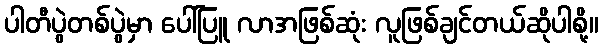
ပါတီပွဲတစ်ပွဲမှာ ပေါ်ပြူ လာအဖြစ်ဆုံး လူဖြစ်ချင်တယ်ဆိုပါစို့။